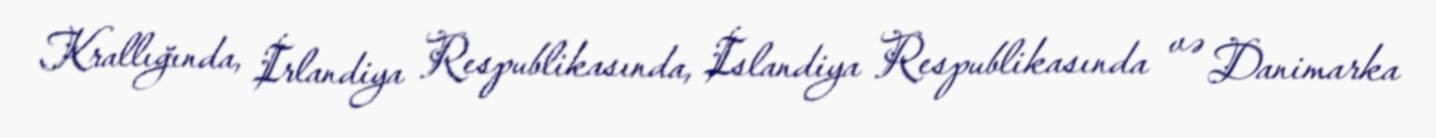
Krallığında, İrlandiya Respublikasında, İslandiya Respublikasında və Danimarka